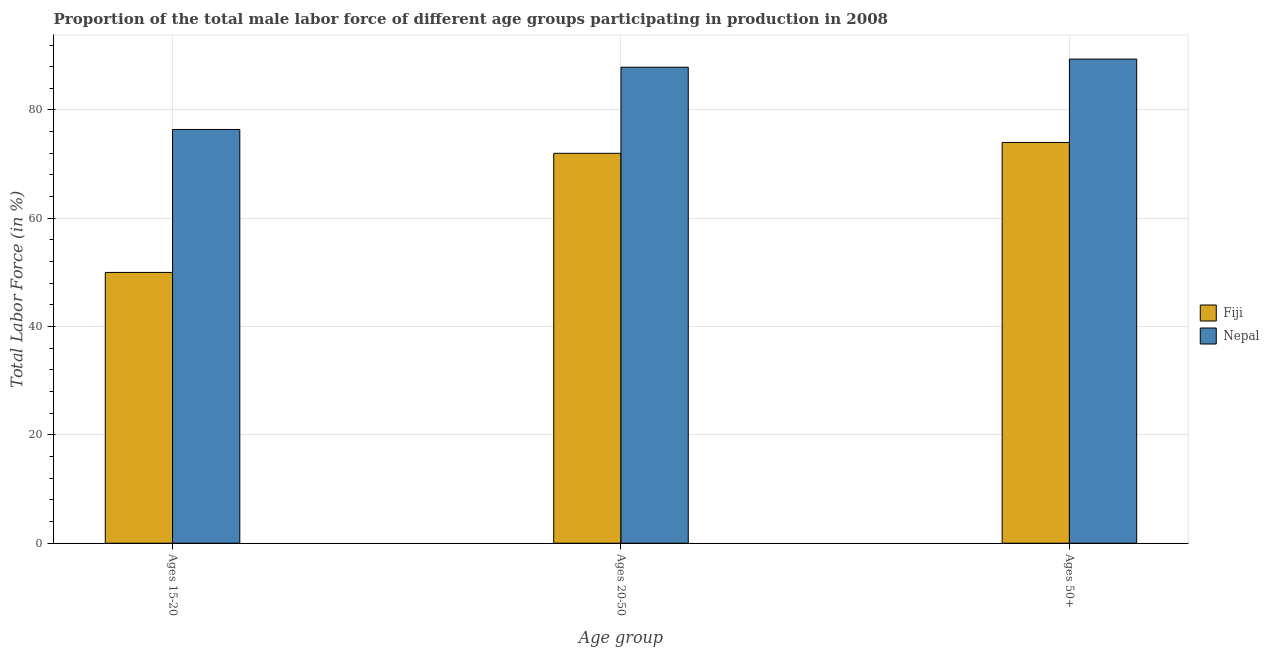
| Age group | Fiji | Nepal |
 | --- | --- | --- |
 | Ages 15-20 | 50 | 76.4 |
 | Ages 20-50 | 72 | 87.9 |
 | Ages 50+ | 74 | 89.4 |